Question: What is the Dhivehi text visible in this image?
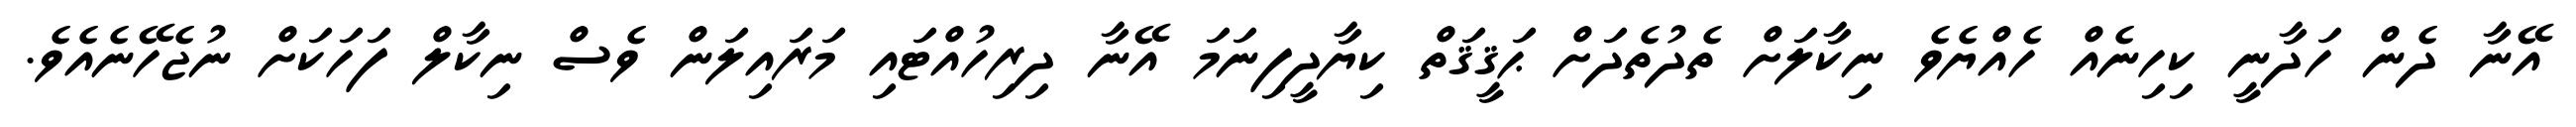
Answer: އޭނާ ދެން ހަދާނީ ކިހިނެއް ހެއްޔެވެ ނިކާލަށް ތެދުތެދަށް ޙަޤީޤަތް ކިޔާދީފިނަމަ އޭނާ ދިރިހުއްޓައި މަރައިލަން ވެސް ނިކާލް ފަހަކަށް ނުޖެހޭނެއެވެ.